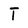
Character: T